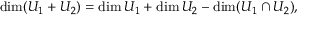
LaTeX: \dim ( U _ { 1 } + U _ { 2 } ) = \dim U _ { 1 } + \dim U _ { 2 } - \dim ( U _ { 1 } \cap U _ { 2 } ) ,